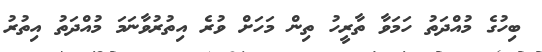
ބިހުގެ މުއްދަތު ހަމަވާ ތާރީހު ތިން މަހަށް ވުރެ އިތުރުވާނަމަ މުއްދަތު އިތުރު